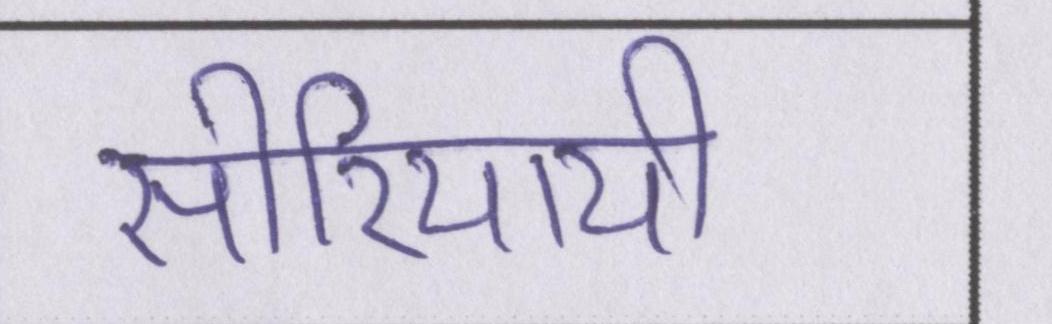
सीरियायी